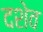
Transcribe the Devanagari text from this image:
दशेव